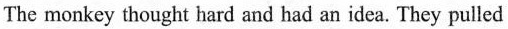
The monkey thought hard and had an idea. They pulled